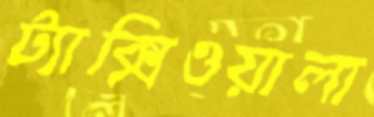
ট্যাক্সিওয়ালা